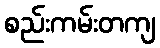
စည်းကမ်းတကျ